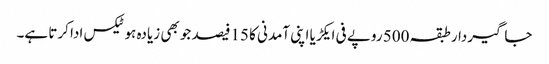
جاگیردارطبقہ 500 روپے فی ایکڑیا اپنی آمدنی کا 15فیصد جو بھی زیادہ ہوٹیکس ادا کرتا ہے۔